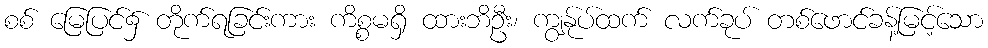
စစ် မြေပြင်၌ တိုက်ရခြင်းကား ကိစ္စမရှိ ထားဘိဦး၊ ကျွန်ုပ်ထက် လက်ခုပ် တစ်ဖောင်ခန့်မြင့်သော